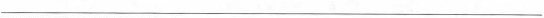
___